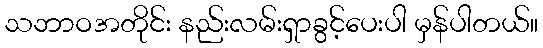
သဘာဝအတိုင်း နည်းလမ်းရှာခွင့်ပေးပါ မှန်ပါတယ်။